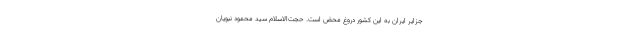
جزایر ایران به این کشور دروغ محض است. حجت‌الاسلام سید محمود نبویان